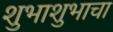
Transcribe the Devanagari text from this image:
शुभाशुभाचा